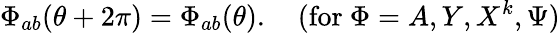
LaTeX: \Phi_{ab}(\theta+2\pi)=\Phi_{ab}(\theta).\quad(\mathrm{for~}\Phi=A,Y,X^{k},\Psi)